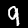
Digit: 9